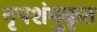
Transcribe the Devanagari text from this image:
नृपशंमुकृत